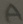
Text: A